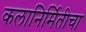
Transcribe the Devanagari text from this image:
कलानिर्मितीचा